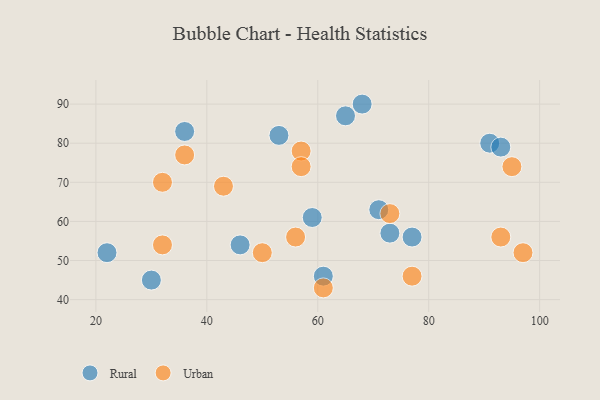
{"axis": {"x": "GDP", "y": "Life Expectancy"}, "legend": ["Rural", "Urban"], "data": [{"x": "71", "y": 63, "type": "Rural"}, {"x": "73", "y": 57, "type": "Rural"}, {"x": "36", "y": 83, "type": "Rural"}, {"x": "91", "y": 80, "type": "Rural"}, {"x": "22", "y": 52, "type": "Rural"}, {"x": "93", "y": 79, "type": "Rural"}, {"x": "46", "y": 54, "type": "Rural"}, {"x": "68", "y": 90, "type": "Rural"}, {"x": "65", "y": 87, "type": "Rural"}, {"x": "30", "y": 45, "type": "Rural"}, {"x": "59", "y": 61, "type": "Rural"}, {"x": "61", "y": 46, "type": "Rural"}, {"x": "77", "y": 56, "type": "Rural"}, {"x": "53", "y": 82, "type": "Rural"}, {"x": "73", "y": 62, "type": "Urban"}, {"x": "93", "y": 56, "type": "Urban"}, {"x": "32", "y": 70, "type": "Urban"}, {"x": "57", "y": 78, "type": "Urban"}, {"x": "50", "y": 52, "type": "Urban"}, {"x": "77", "y": 46, "type": "Urban"}, {"x": "95", "y": 74, "type": "Urban"}, {"x": "97", "y": 52, "type": "Urban"}, {"x": "43", "y": 69, "type": "Urban"}, {"x": "36", "y": 77, "type": "Urban"}, {"x": "61", "y": 43, "type": "Urban"}, {"x": "56", "y": 56, "type": "Urban"}, {"x": "32", "y": 54, "type": "Urban"}, {"x": "57", "y": 74, "type": "Urban"}]}